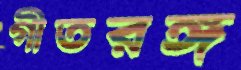
গীতরঙ্গ